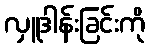
လှူဒါန်းခြင်းကို